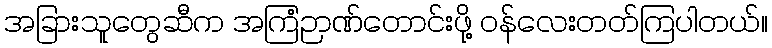
အခြားသူတွေဆီက အကြံဉာဏ်တောင်းဖို့ ဝန်လေးတတ်ကြပါတယ်။